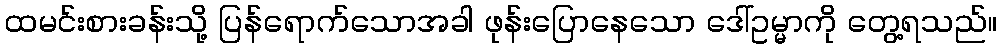
ထမင်းစားခန်းသို့ ပြန်ရောက်သောအခါ ဖုန်းပြောနေသော ဒေါ်ဥမ္မာကို တွေ့ရသည်။